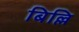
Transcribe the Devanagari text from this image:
बिल्लि